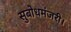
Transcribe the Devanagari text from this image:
सुबोधमंजरी।